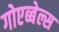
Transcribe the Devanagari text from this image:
गोएब्बेल्स